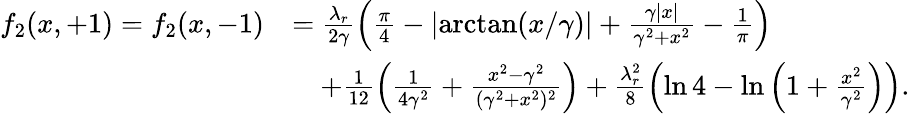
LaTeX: \begin{array}{rl}{f_{2}(x,+1)=f_{2}(x,-1)}&{=\frac{\lambda_{r}}{2\gamma}\left(\frac{\pi}{4}-\lvert\arctan(x/\gamma)\rvert+\frac{\gamma\lvert x\rvert}{\gamma^{2}+x^{2}}-\frac{1}{\pi}\right)}\\ &{\quad+\frac{1}{12}\left(\frac{1}{4\gamma^{2}}+\frac{x^{2}-\gamma^{2}}{(\gamma^{2}+x^{2})^{2}}\right)+\frac{\lambda_{r}^{2}}{8}\left(\ln 4-\ln\left(1+\frac{x^{2}}{\gamma^{2}}\right)\right).}\end{array}